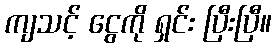
ကျသင့် ငွေကို ရှင်း ပြီးပြီ။